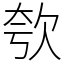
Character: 㰭